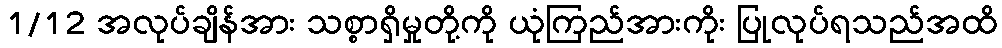
1/12 အလုပ်ချိန်အား သစ္စာရှိမှုတို့ကို ယုံကြည်အားကိုး ပြုလုပ်ရသည်အထိ